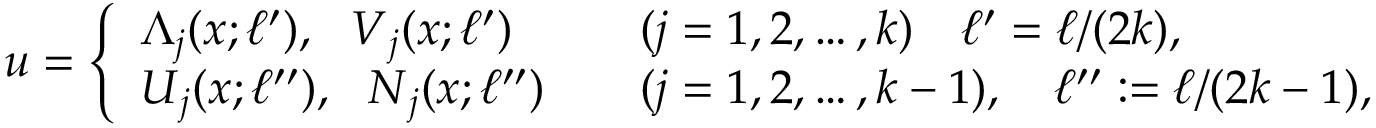
\begin{array} { r } { \boldsymbol { u } = \left\{ \begin{array} { l l } { \boldsymbol { \Lambda } _ { j } ( x ; \ell ^ { \prime } ) , ~ ~ \boldsymbol { V } _ { j } ( x ; \ell ^ { \prime } ) \quad } & { ( j = 1 , 2 , \ldots , k ) \quad \ell ^ { \prime } = \ell / ( 2 k ) , } \\ { \boldsymbol { U } _ { j } ( x ; \ell ^ { \prime \prime } ) , ~ ~ \boldsymbol { N } _ { j } ( x ; \ell ^ { \prime \prime } ) \quad } & { ( j = 1 , 2 , \ldots , k - 1 ) , \quad \ell ^ { \prime \prime } : = \ell / ( 2 k - 1 ) , } \end{array} \right. } \end{array}